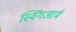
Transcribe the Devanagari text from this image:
स्विंगआर्म